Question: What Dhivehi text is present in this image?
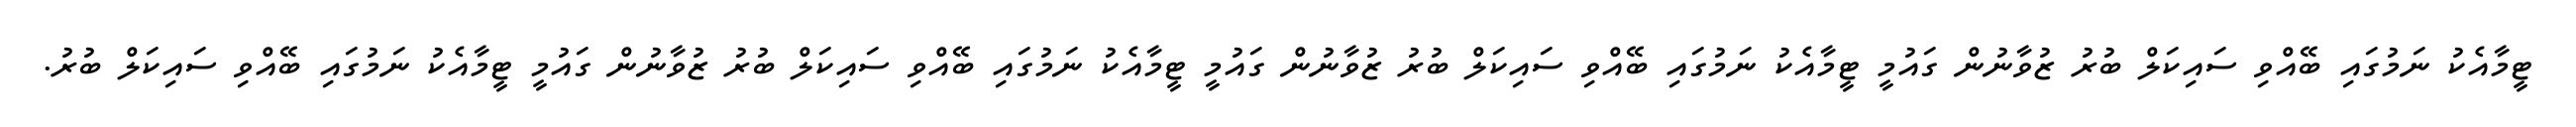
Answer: ޓީމާއެކު ނަމުގައި ބޭއްވި ސައިކަލް ބުރު ޒުވާނުން ގައުމީ ޓީމާއެކު ނަމުގައި ބޭއްވި ސައިކަލް ބުރު ޒުވާނުން ގައުމީ ޓީމާއެކު ނަމުގައި ބޭއްވި ސައިކަލް ބުރު ޒުވާނުން ގައުމީ ޓީމާއެކު ނަމުގައި ބޭއްވި ސައިކަލް ބުރު.